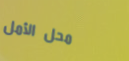
محل الأمل